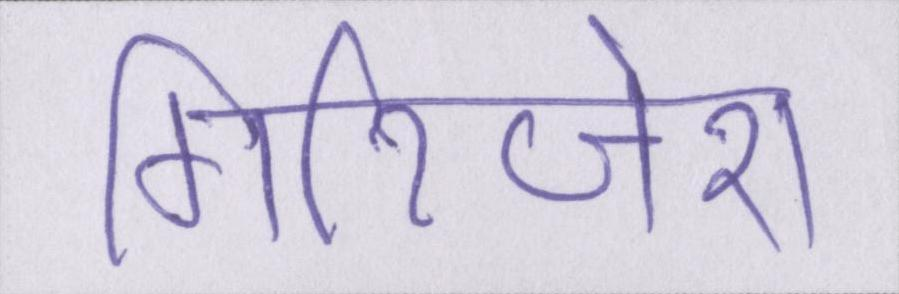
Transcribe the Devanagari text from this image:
गिरिजेश